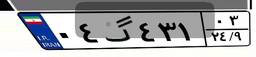
۰۴گ۴۳۱۰۳